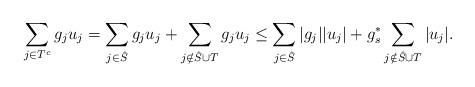
LaTeX: \begin{align*} \sum_{j \in T^c} g_j u_j = \sum_{j \in \hat S} g_j u_j + \sum_{j \notin \hat S \cup T} g_j u_j \le \sum_{j\in \hat S} |g_j| | u_j| + g_s^*\sum_{j\notin \hat S \cup T} |u_j|. \end{align*}